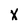
Character: x